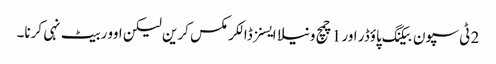
2 ٹی سپون بیکنگ پاؤڈر اور 1 چمچ ونیلا ایسنز ڈالکر مکس کرین لیکن اوور بیٹ نہی کرنا۔